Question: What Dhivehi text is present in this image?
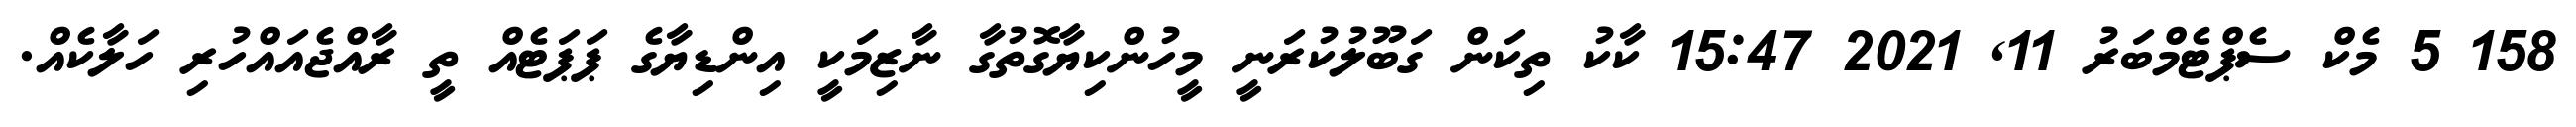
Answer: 158 5 މެކް ސެޕްޓެމްބަރު 11, 2021 15:47 ކާކު ތިކަން ގަބޫލުކުރަނީ މީހުންކިޔާގޮތުގާ ނާޒިމަކީ އިންޑިޔާގެ ޕަޕަޓެއް ތީ ރާއްޖެއައްހުރި ހަލާކެއް.